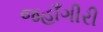
જહાઁગીરી